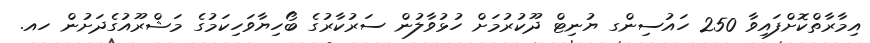
އިމާރާތްކޮށްފައިވާ 250 ހައުސިންގ ޔުނިޓް ދޫކުރުމަށް ހުޅުވާލުން ސަރުކާރުގެ ބޯހިޔާވަހިކަމުގެ މަޝްރޫއުގެދަށުން ހއ.